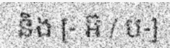
និង [- អ៊ / ប-]